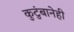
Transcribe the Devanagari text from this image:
कुटुंबानेही